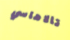
تالاهاسي